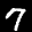
Label: 7